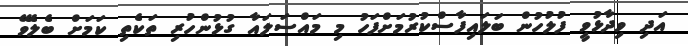
އަދި ވިދާޅުވީ ފުލުހުން ބަލައިފާސްކުރުމަށްފަހު މި މައްސަލައާ ގުޅުންހުރި ތަކެތި ކަމަށް ބެލެވޭ